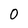
Character: 0